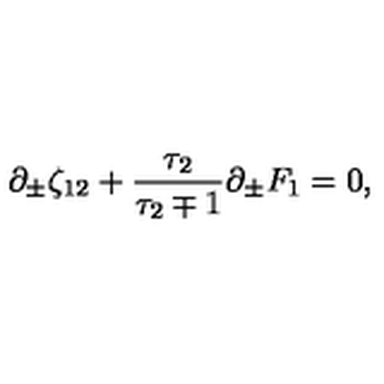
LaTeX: \partial _ { \pm } \zeta _ { 1 2 } + { \frac { \tau _ { 2 } } { \tau _ { 2 } \mp 1 } } \partial _ { \pm } F _ { 1 } = 0 ,